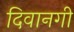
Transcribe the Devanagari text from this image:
दिवानगी